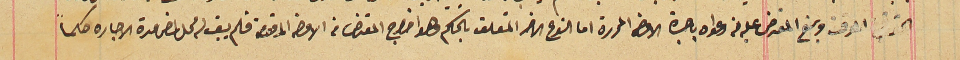
الحقوقية الموقت ومنع المعترض عليه من دعواه باجرة الاوضه المحررة اما النوع الاخر المتعلق بالحكم وهو اخراج المعترض من الاوضه المرقومة فلم يبق له محل لمضى مدة الاجاره حكماً"